Senior Leaving Certificate Examination (including Day School Certificate (Higher) General paper), 1947
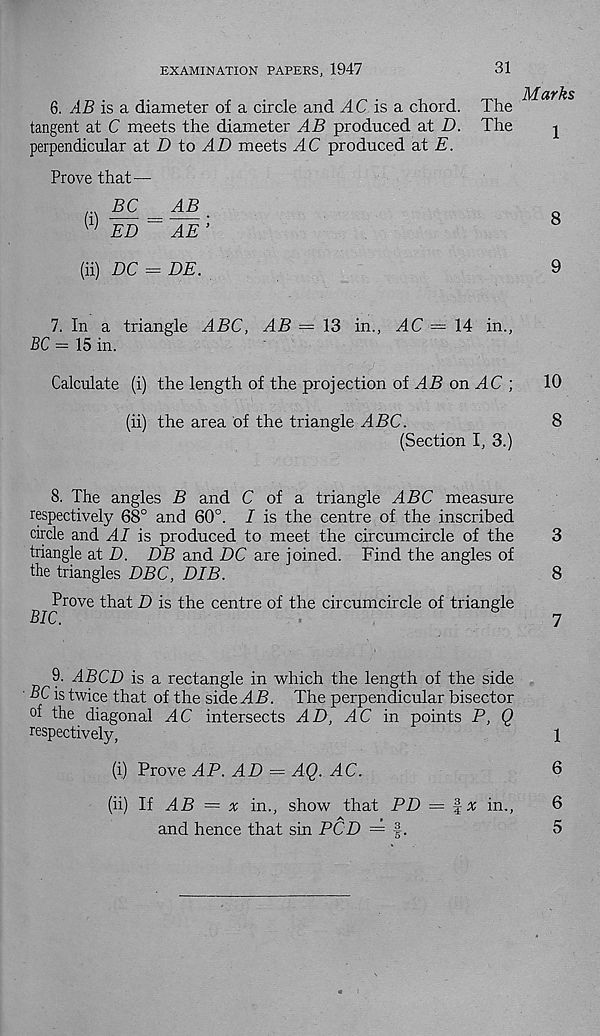
EXAMINATION PAPERS, 1947
31
6. AB is a diameter of a circle and ^4C is a chord,
tangent at C meets the diameter AB produced at D.
perpendicular at D to AD meets AC produced at E.
The
The
Marks
1
Prove that—
(i)
BC
AB
ED~ AE ;
8
(ii) DC = DE.
9
7. In a triangle ABC, AB = 13 in., AC — 14 in.,
BC = 15 in.
Calculate (i) the length of the projection of ^45 on ^4C ;
10
(ii) the area of the triangle ^4J3C.
8
(Section I, 3.)
8. The angles B and C of a triangle ABC measure
respectively 68° and 60°. I is the centre of the inscribed
circle and AI is produced to meet the circumcircle of the
3
triangle at D. DB and DC are joined. Find the angles of
the triangles DBC, DIB.
8
Prove that D is the centre of the circumcircle of triangle
BIC.
7
9. ABCD is a rectangle in which the length of the side
' BC is twice that of the side ^45. The perpendicular bisector
of the diagonal ^4C intersects AD, AC in points P, Q
respectively,
1
(i) Prove AP. AD = AQ. AC.
6
(ii) If AB = x in., show that PD = §x in.,
6
and hence that sin PCD = §.
5